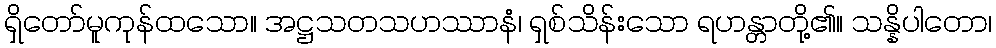
ရှိတော်မူကုန်ထသော။ အဋ္ဌသတသဟဿာနံ၊ ရှစ်သိန်းသော ရဟန္တာတို့၏။ သန္နိပါတော၊